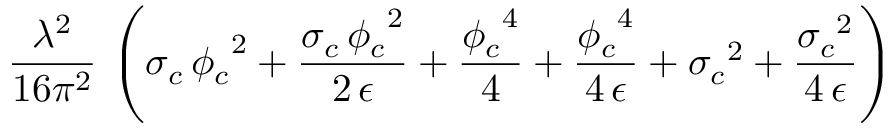
\frac { { \lambda } ^ { 2 } } { 1 6 \pi ^ { 2 } } \, \left( { { \sigma } _ { c } } \, { { { \phi } _ { c } } } ^ { 2 } + \frac { { { \sigma } _ { c } } \, { { { \phi } _ { c } } } ^ { 2 } } { 2 \, \epsilon } + \frac { { { { \phi } _ { c } } } ^ { 4 } } { 4 } + \frac { { { { \phi } _ { c } } } ^ { 4 } } { 4 \, \epsilon } + { { { \sigma } _ { c } } } ^ { 2 } + \frac { { { { \sigma } _ { c } } } ^ { 2 } } { 4 \, \epsilon } \right)